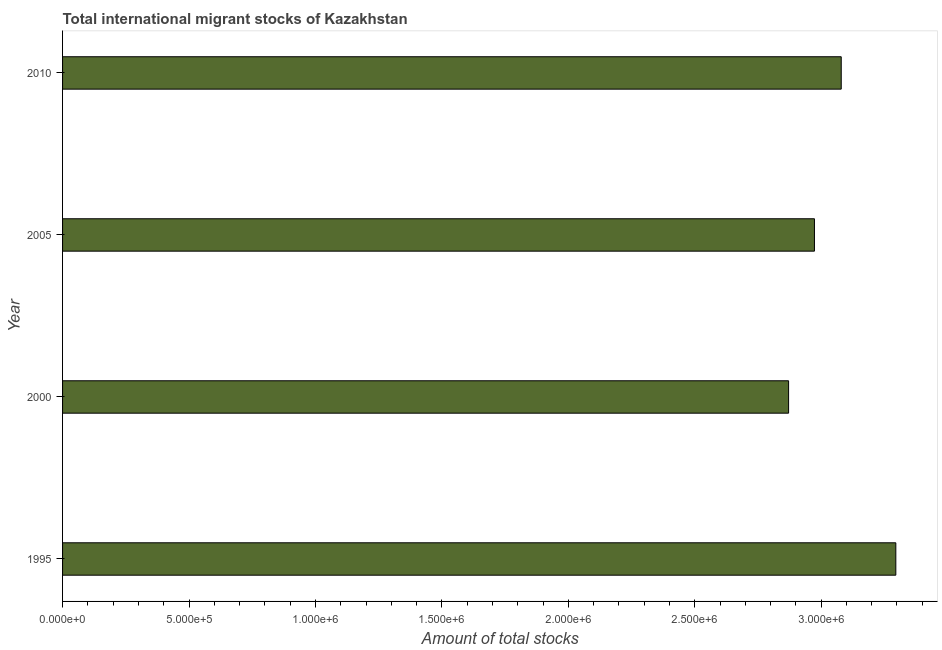
| Year | International migrant stock |
 | --- | --- |
 | 1995 | 3.3e+06 |
 | 2000 | 2.87e+06 |
 | 2005 | 2.97e+06 |
 | 2010 | 3.08e+06 |